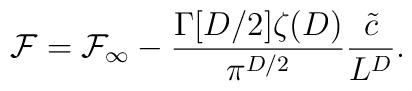
{\cal F} = {\cal F}_{\infty} - \frac{\Gamma [ D/2]\zeta (D)}{ \pi^{D/2}} \frac{\tilde{c}}{L^D}.